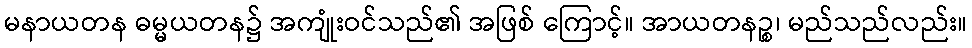
မနာယတန ဓမ္မယတန၌ အကျုံးဝင်သည်၏ အဖြစ် ကြောင့်။ အာယတနဉ္စ၊ မည်သည်လည်း။